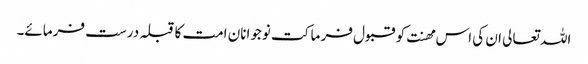
اللہ تعالی ان کی اس مھنت کو قبول فر ما کت نوجوانان امت کا قبلہ درست فرمائے۔